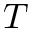
T